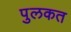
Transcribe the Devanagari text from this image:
पुलकत